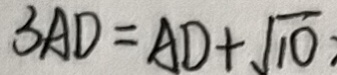
3 A D = A D + \sqrt { 1 0 }